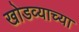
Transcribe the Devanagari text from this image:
खोडव्याच्या